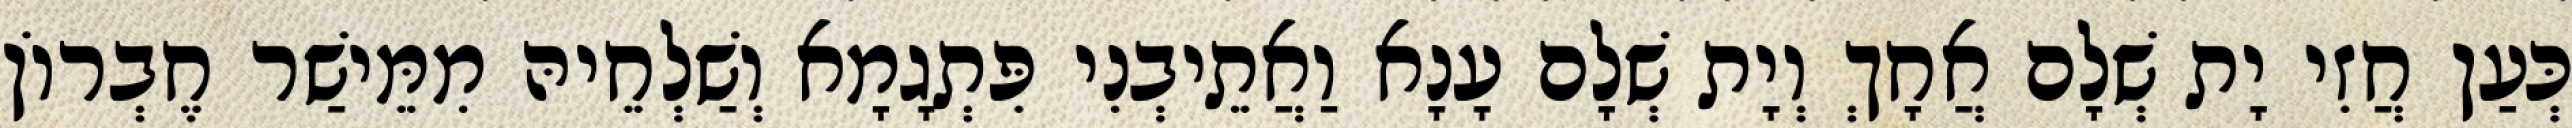
כְּעַן חֲזִי יָת שְׁלָם אֲחָךְ וְיָת שְׁלָם עָנָא וַאֲתֵיבְנִי פִּתְגָמָא וְשַׁלְחֵיהּ מִמֵּישַׁר חֶבְרוֹן